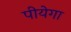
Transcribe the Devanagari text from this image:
पीयेगा